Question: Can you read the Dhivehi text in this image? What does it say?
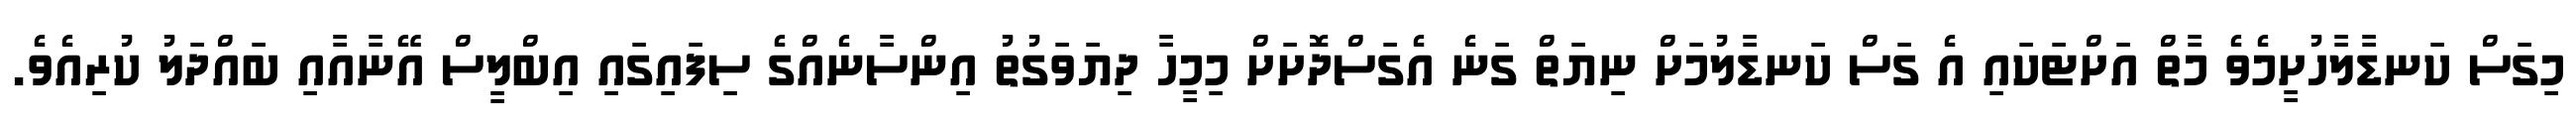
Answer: މިގަސް ކަނޑާލާހުށީމެވެ މާތް އަށްޓަކައި އެ ގަސް ކަނޑާލުމަށް ނިޔަތް ގަނެ އެގަސްދޮށަށް މިމީހާ ދިޔަވަގުތު އިންސާނެއްގެ ސިފައިގައި އިބްލީސް އޭނާއާއި ބައްދަލު ކުރިއެވެ.